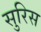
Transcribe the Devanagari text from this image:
सुरिस